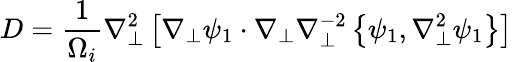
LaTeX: D=\frac{1}{\Omega_{i}}\nabla_{\perp}^{2}\left[\nabla_{\perp}\psi_{1}\cdot\nabla_{\perp}\nabla_{\perp}^{-2}\left\{ \psi_{1},\nabla_{\perp}^{2}\psi_{1}\right\} \right]